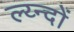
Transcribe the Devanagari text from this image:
ल्य्न्दों